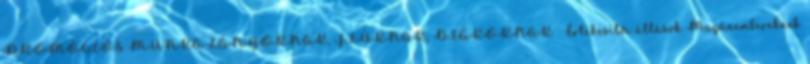
PROMÓCIÓS MUNKA LÁNYOKNAK, FIÚKNAK, DIÁKOKNAK Értékesítői állások Magánembereknek